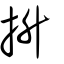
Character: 抍